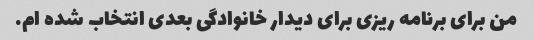
من برای برنامه ریزی برای دیدار خانوادگی بعدی انتخاب شده ام.